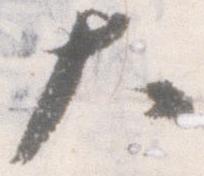
大